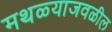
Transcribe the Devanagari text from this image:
मथळ्याजवळील